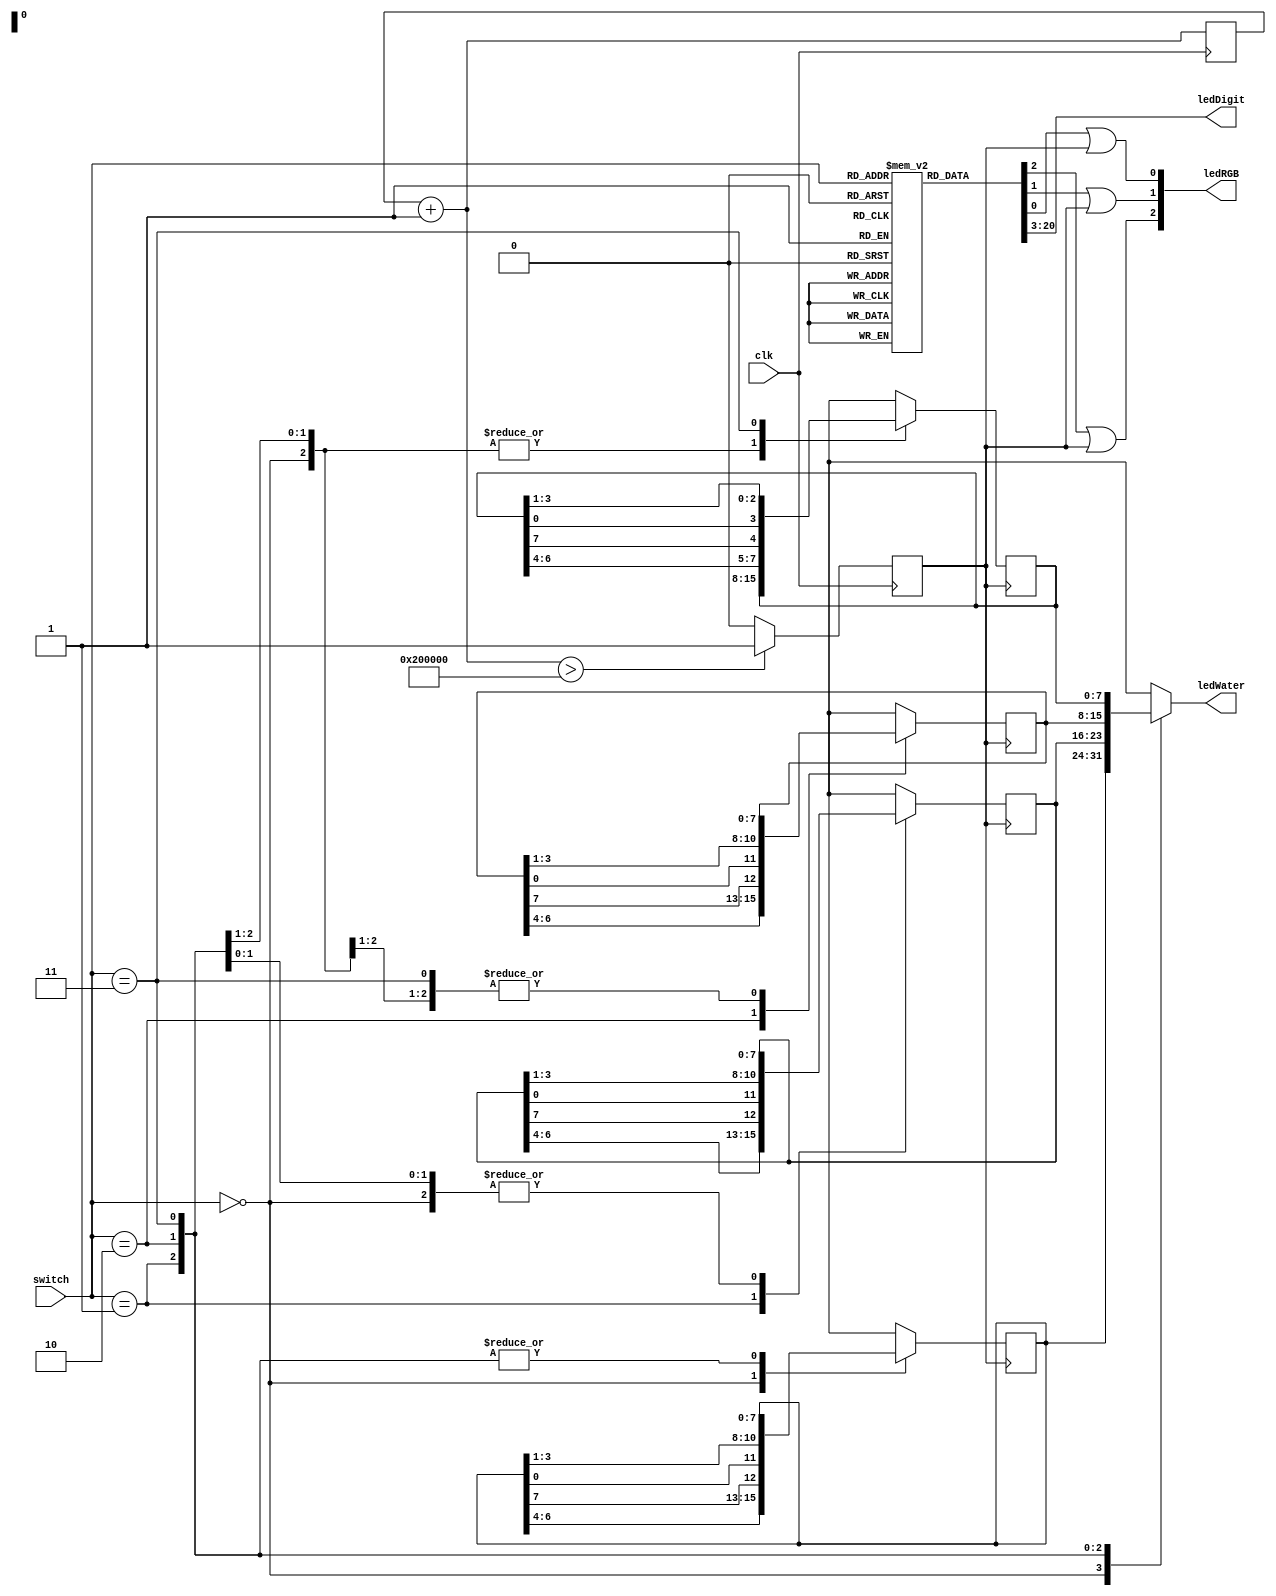
module carLight(clk,switch,ledRGB,ledDigit,ledWater);
//defination
input clk;
input [1:0] switch;
output [2:0]ledRGB;
output [17:0]ledDigit;
output [7:0]ledWater;
reg [1:0]rSwitch;
reg [7:0]temp;
reg clkNew=0;
reg [22:0]cntClk=0;
reg [20:0]rom[3:0];
reg [7:0] romWater[3:0];
initial begin
rom[0]=21'b100100100_100100100_001;
rom[1]=21'b000000100_111100100_101;
rom[2]=21'b100111100_000000100_011;
rom[3]=21'b011011000_011011000_111;
romWater[0]=8'b11111111;
romWater[1]=8'b11110111;
romWater[2]=8'b11101111;
romWater[3]=8'b11100111;
end
parameter clkDivision=1<<22;
//operate 
//clock Division
always@(negedge clk)begin
	cntClk=cntClk+1;
	clkNew=cntClk>clkDivision>>1?1:0;
end
always@( negedge clkNew)begin
	case(switch)
	0:begin
	temp=romWater[0];
	temp[3:0]={temp[0],temp[3:1]};
	temp[7:4]={temp[6:4],temp[7]};
	romWater[0]=temp;end
	1:begin
	temp=romWater[1];
	temp[3:0]={temp[0],temp[3:1]};
	temp[7:4]={temp[6:4],temp[7]};
	romWater[1]=temp;end
	2:begin
	temp=romWater[2];
	temp[3:0]={temp[0],temp[3:1]};
	temp[7:4]={temp[6:4],temp[7]};
	romWater[2]=temp;end
	3:begin 
	temp=romWater[3];
	temp[3:0]={temp[0],temp[3:1]};
	temp[7:4]={temp[6:4],temp[7]};
	romWater[3]=temp;end
	endcase
	end 

//assign
assign ledDigit=rom[switch][20:3];
assign ledRGB[2]=rom[switch][2]|clkNew;
assign ledRGB[1]=rom[switch][1]|clkNew;
assign ledRGB[0]=rom[switch][0]|clkNew;
assign ledWater=romWater[switch];
endmodule